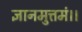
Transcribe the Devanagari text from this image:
ज्ञानमुत्तमं।।